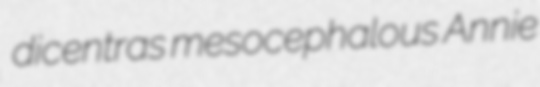
dicentras mesocephalous Annie